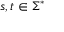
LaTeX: s , t \in \Sigma ^ { * }